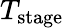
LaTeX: T_{\mathrm{stage}}